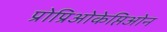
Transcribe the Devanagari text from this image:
प्रोप्रिओकेप्तिओन